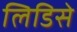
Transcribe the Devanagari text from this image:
लिडिसे